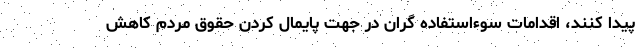
پیدا کنند، اقدامات سوءاستفاده گران در جهت پایمال کردن حقوق مردم کاهش